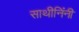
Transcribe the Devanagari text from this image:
साथीनिंनी